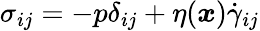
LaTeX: \sigma_{ij}=-p\delta_{ij}+\eta(\boldsymbol{x})\dot{\gamma}_{ij}